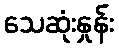
သေဆုံးနှုန်း